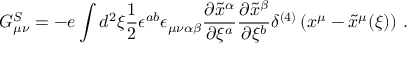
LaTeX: G _ { \mu \nu } ^ { S } = - e \int d ^ { 2 } \xi \frac { 1 } { 2 } \epsilon ^ { a b } \epsilon _ { \mu \nu \alpha \beta } \frac { \partial \tilde { x } ^ { \alpha } } { \partial \xi ^ { a } } \frac { \partial \tilde { x } ^ { \beta } } { \partial \xi ^ { b } } \delta ^ { ( 4 ) } \left( x ^ { \mu } - \tilde { x } ^ { \mu } ( \xi ) \right) \, .